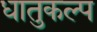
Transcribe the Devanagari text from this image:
धातुकल्प